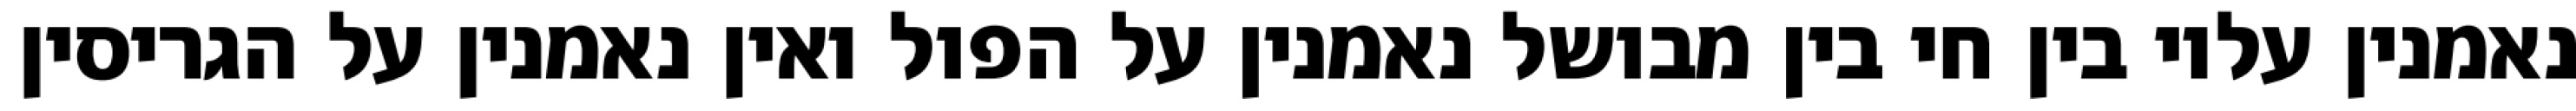
נאמנין עליו בין חי בין מבושל נאמנין על הפול ואין נאמנין על הגריסין